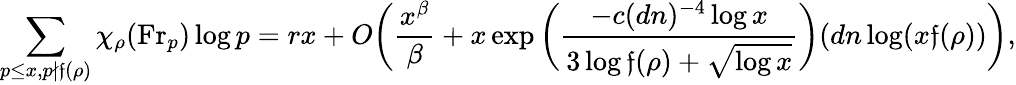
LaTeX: \sum_{p\leq x,p\not\mid{\mathfrak{f}}(\rho)}\chi_{\rho}({\mathrm{Fr}}_{p})\log p=rx+O{\biggl(}{\frac{x^{\beta}}{\beta}}+x\exp{\biggl(}{\frac{-c(dn)^{-4}\log x}{3\log{\mathfrak{f}}(\rho)+{\sqrt{\log x}}}}{\biggr)}(dn\log(x{\mathfrak{f}}(\rho)){\biggr)},